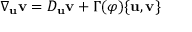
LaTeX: \nabla _ { \mathbf { u } } { \mathbf { v } } = D _ { \mathbf { u } } { \mathbf { v } } + \Gamma ( \varphi ) \{ { \mathbf { u } } , { \mathbf { v } } \}